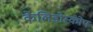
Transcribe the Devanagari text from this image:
केलिडोस्कोप